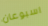
اسبوعان